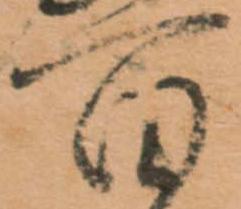
百